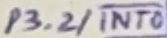
Text: P3.2/INT0